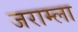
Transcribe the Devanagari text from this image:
जराम्ला